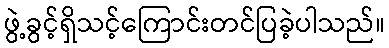
ဖွဲ့ခွင့်ရှိသင့်ကြောင်းတင်ပြခဲ့ပါသည်။